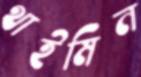
থাইমিন